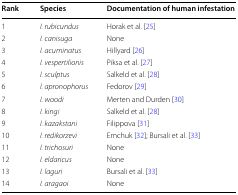
<table><thead><tr><td><b>Rank</b></td><td><b>Species</b></td><td><b>Documentation of human infestation</b></td></tr></thead><tbody><tr><td>1</td><td><i>I. rubicundus</i></td><td>Horak et al. [25]</td></tr><tr><td>2</td><td><i>I. canisuga</i></td><td>None</td></tr><tr><td>3</td><td><i>I. acuminatus</i></td><td>Hillyard [26]</td></tr><tr><td>4</td><td><i>I. vespertilionis</i></td><td>Piksa et al. [27]</td></tr><tr><td>5</td><td><i>I. sculptus</i></td><td>Salkeld et al. [28]</td></tr><tr><td>6</td><td><i>I. apronophorus</i></td><td>Fedorov [29]</td></tr><tr><td>7</td><td><i>I. woodi</i></td><td>Merten and Durden [30]</td></tr><tr><td>8</td><td><i>I. kingi</i></td><td>Salkeld et al. [28]</td></tr><tr><td>9</td><td><i>I. kazakstani</i></td><td>Filippova [31]</td></tr><tr><td>10</td><td><i>I. redikorzevi</i></td><td>Emchuk [32]; Bursali et al. [33]</td></tr><tr><td>11</td><td><i>I. trichosuri</i></td><td>None</td></tr><tr><td>12</td><td><i>I. eldaricus</i></td><td>None</td></tr><tr><td>13</td><td><i>I. laguri</i></td><td>Bursali et al. [33]</td></tr><tr><td>14</td><td><i>I. aragaoi</i></td><td>None</td></tr></tbody></table>